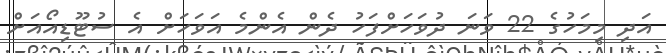
އަދި މިމަހުގެ 22 ވަނަ ދުވަހަށްފަހު ދެން އެންމެ އަވަހަށް އެ ސުޓޫޑިއޯއަށް